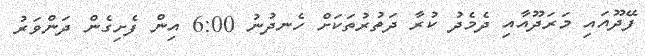
ފޭދޫއައި މަރަދޫއާއި ދެމެދު ކުރާ ދަތުރުތަކަށް ހެނދުނު 6:00 އިން ފެށިގެން ދަންވަރު